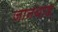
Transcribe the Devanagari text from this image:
जानथाड़